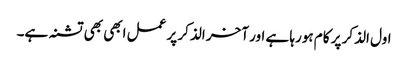
اول الذکر پر کام ہورہا ہے اور آخر الذکر پر عمل ابھی بھی تشنہ ہے۔